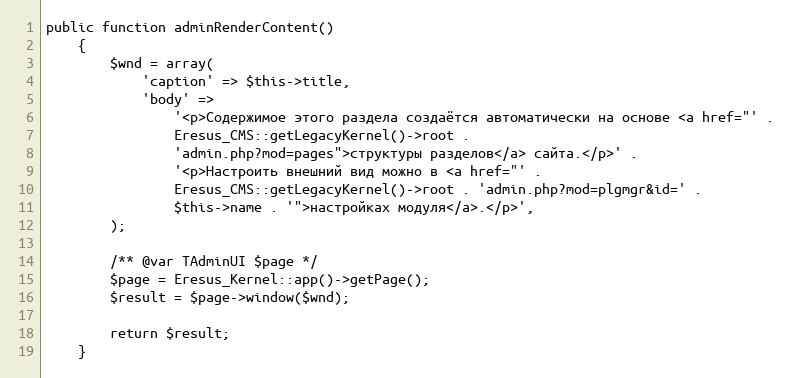
Language: PHP
public function adminRenderContent()
    {
        $wnd = array(
            'caption' => $this->title,
            'body' =>
                '<p>Содержимое этого раздела создаётся автоматически на основе <a href="' .
                Eresus_CMS::getLegacyKernel()->root .
                'admin.php?mod=pages">структуры разделов</a> сайта.</p>' .
                '<p>Настроить внешний вид можно в <a href="' .
                Eresus_CMS::getLegacyKernel()->root . 'admin.php?mod=plgmgr&id=' .
                $this->name . '">настройках модуля</a>.</p>',
        );

        /** @var TAdminUI $page */
        $page = Eresus_Kernel::app()->getPage();
        $result = $page->window($wnd);

        return $result;
    }